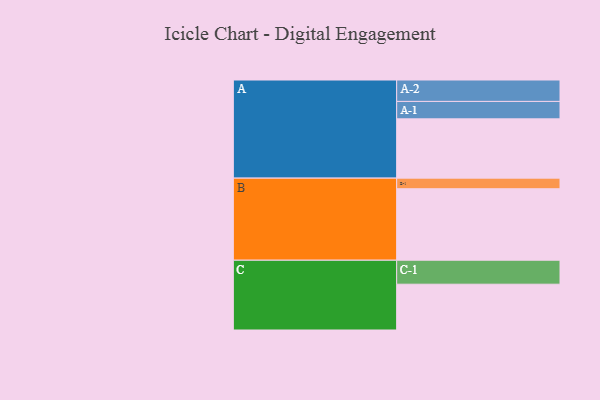
{"axis": {"x": "Segment", "y": "Value"}, "legend": ["", "A", "B", "C"], "data": [{"x": "A", "y": 418, "type": ""}, {"x": "B", "y": 504, "type": ""}, {"x": "C", "y": 323, "type": ""}, {"x": "A-1", "y": 123, "type": "A"}, {"x": "A-2", "y": 151, "type": "A"}, {"x": "B-1", "y": 75, "type": "B"}, {"x": "C-1", "y": 169, "type": "C"}]}